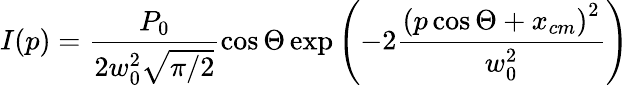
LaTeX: I(p)=\frac{P_{0}}{2w_{0}^{2}\sqrt{\pi/2}}\cos\Theta\exp\left(-2\frac{\left(p\cos\Theta+x_{cm}\right)^{2}}{w_{0}^{2}}\right)